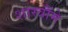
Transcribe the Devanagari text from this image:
शास्त्रौंमे